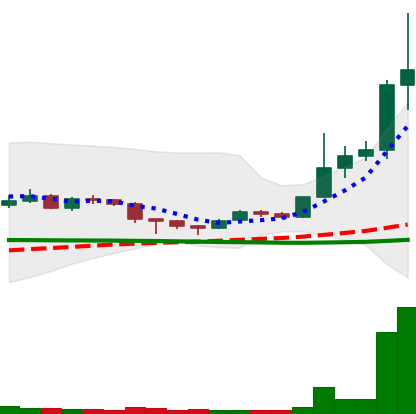
Ticker: DOGE-USD
Chart end date: 2020-12-21
Forward return: -6.121%
Label: down_5_7